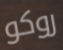
روكو